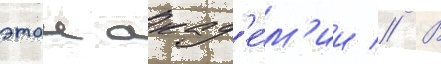
этои акад'е́м'ии // В